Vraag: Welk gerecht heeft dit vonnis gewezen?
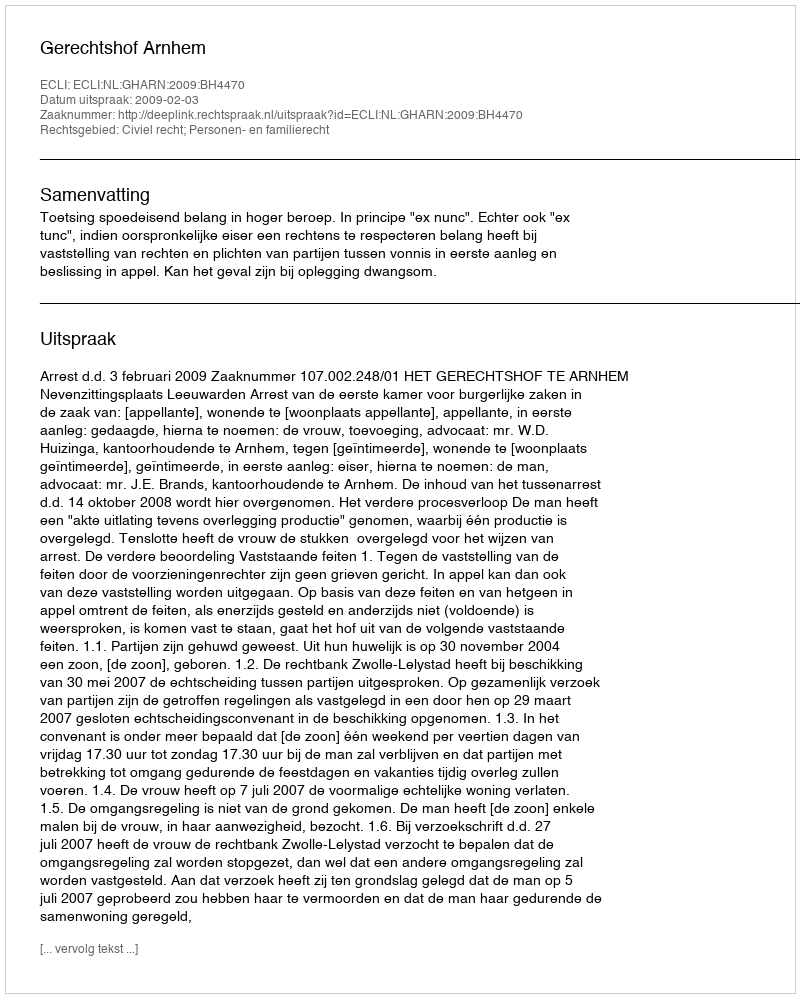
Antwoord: Gerechtshof Arnhem